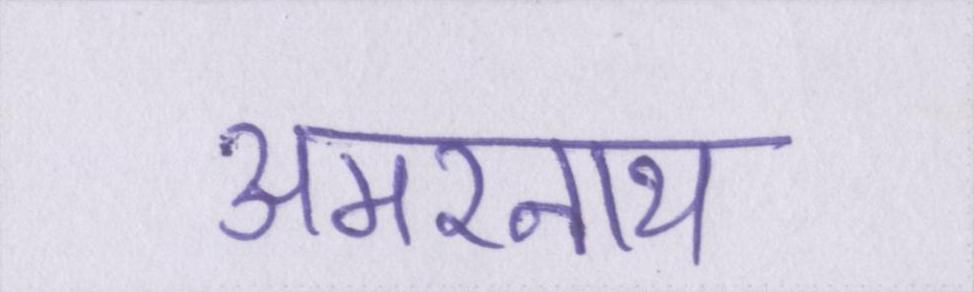
अमरनाथ